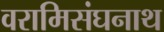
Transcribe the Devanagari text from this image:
वरामिसंघनाथ